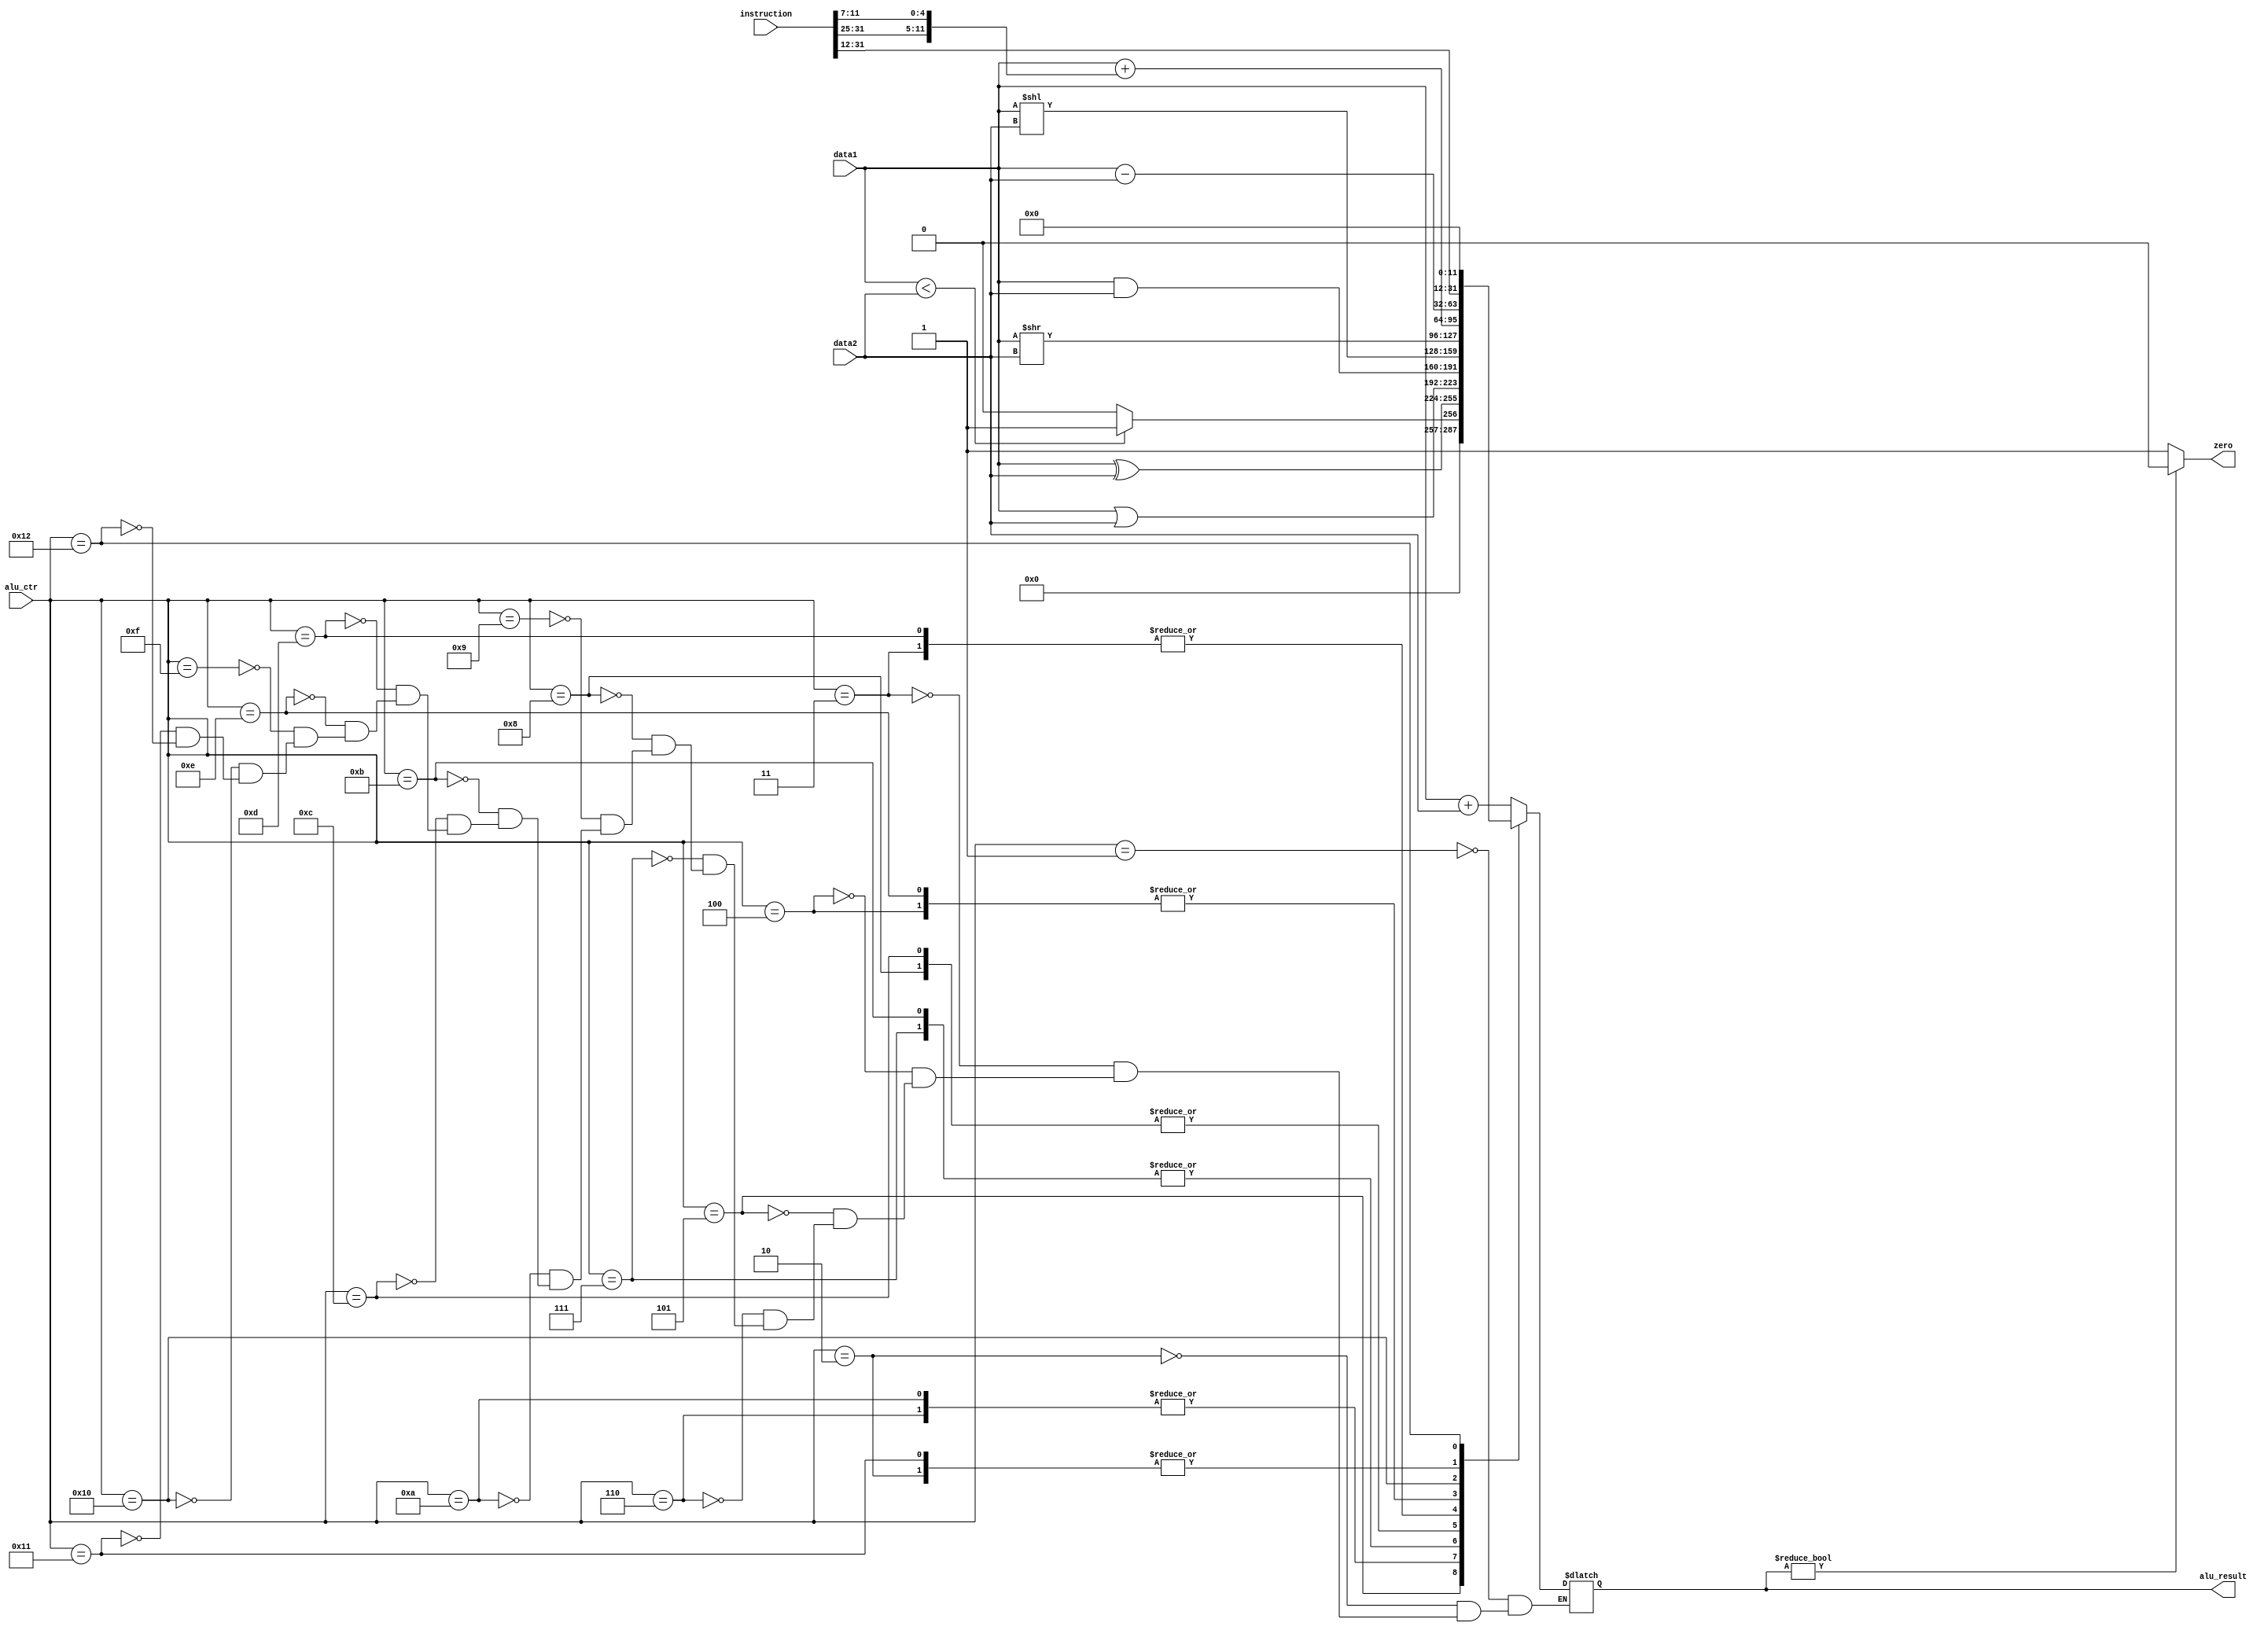
module alu(
	input[31:0] data1,
	input[31:0] data2,
	input[5:0] alu_ctr,
	input[31:0] instruction,
	output reg zero,
	output reg[31:0] alu_result
);


always @(*)
begin
	case(alu_ctr)
		1:alu_result<=data1+data2;
		2:alu_result<=data1-data2;
		3:alu_result<=data1<<data2;
		4:alu_result<=data1>>data2;
		5:alu_result<=data1<data2?1:0;
		6:alu_result<=data1^data2;
		7:alu_result<=data1|data2;
		8:alu_result<=data1&data2;
		9:alu_result<=data1+data2;
		10:alu_result<=data1^data2;
		11:alu_result<=data1|data2;
		12:alu_result<=data1&data2;
		13:alu_result<=data1<<data2;
		14:alu_result<=data1>>data2;
		15:alu_result<=data1+data2;
		16:alu_result<=data1+{instruction[31:25],instruction[11:7]};
		17:alu_result<=data1-data2;
		18:alu_result<={instruction[31:12],12'h0};
	endcase
end



always @(*)
begin
	if(alu_result) zero<=0;
	else zero<=1;
end

endmodule